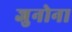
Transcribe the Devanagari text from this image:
जुनोना